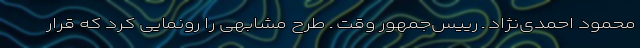
محمود احمدی‌نژاد ـ رییس‌جمهور وقت ـ طرح مشابهی را رونمایی کرد که قرار